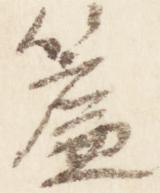
簾